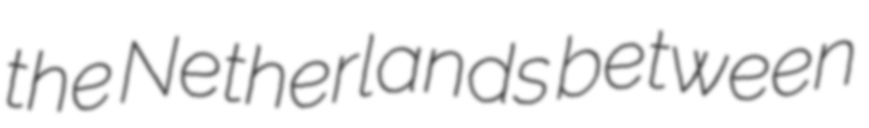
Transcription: the Netherlands between